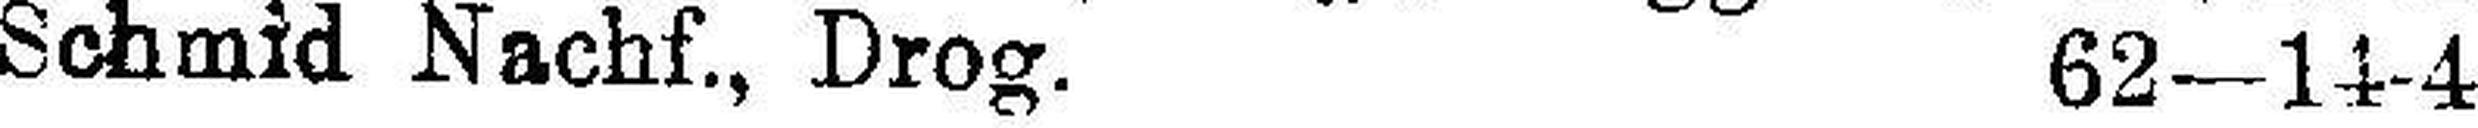
Schmid Nachf., Drog. 62—14-4